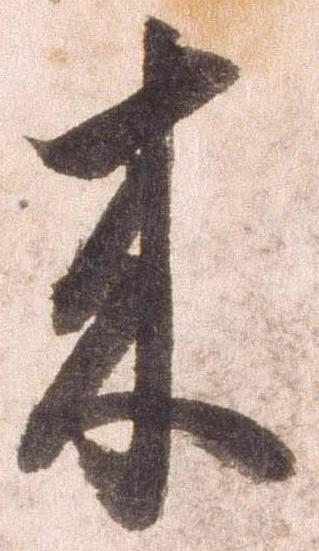
来